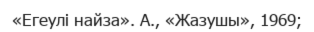
«Егеулі найза». А., «Жазушы», 1969;